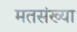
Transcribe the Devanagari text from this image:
मतसंख्या